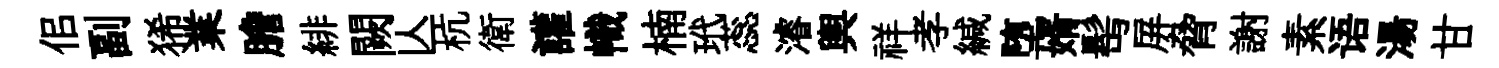
佀副狶業膽緋闕亾杭衛讙幟楠玳蕊濬輿祥孝緘堕婿髩屏脅謝素语湯甘